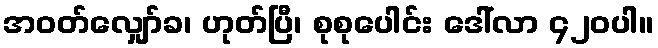
အဝတ်လျှော်ခ၊ ဟုတ်ပြီ၊ စုစုပေါင်း ဒေါ်လာ ၄၂၀ပါ။